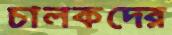
চালকদের